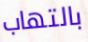
بالتهاب